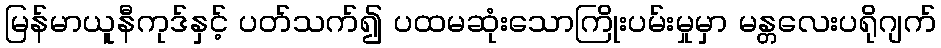
မြန်မာယူနီကုဒ်နှင့် ပတ်သက်၍ ပထမဆုံးသောကြိုးပမ်းမှုမှာ မန္တလေးပရိုဂျက်